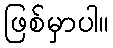
ဖြစ်မှာပါ။